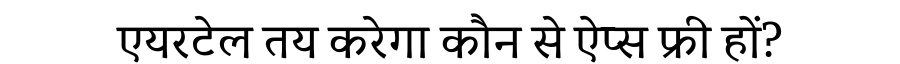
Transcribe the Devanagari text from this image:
एयरटेल तय करेगा कौन से ऐप्स फ्री हों?